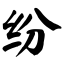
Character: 纷